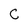
Character: C